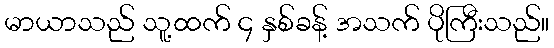
မာယာသည် သူ့ထက် ၄ နှစ်ခန့် အသက် ပိုကြီးသည်။